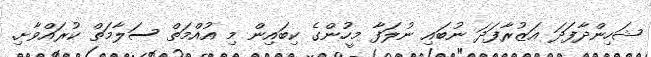
ޝަހިންދާފަދަ އަޒުރާފަދަ ނުބައި ނުލަފާ މީހުންގެ ކިބައިން މި އުއްމަތް ސަލާމަތް ކުރައްވާށި.